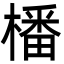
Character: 橎